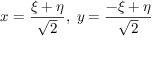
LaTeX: x = { \frac { \xi + \eta } { \sqrt { 2 } } } , \; y = { \frac { - \xi + \eta } { \sqrt { 2 } } }